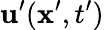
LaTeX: {\mathbf u^{\prime}}({\mathbf x^{\prime}},t^{\prime})